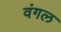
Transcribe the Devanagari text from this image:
वंगल